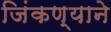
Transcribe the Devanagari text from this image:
जिंकण्याने